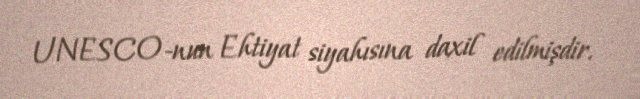
UNESCO-nun Ehtiyat siyahısına daxil edilmişdir.